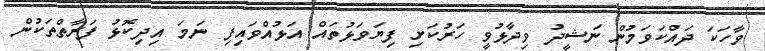
ވާހަކަ ދައްކަވަމުން ނަޝީދު ވިދާޅުވީ ހަރުކަށި ފިޔަވަޅުތައް އަޅުއްވައިފި ނަމަ އިދިކޮޅު ފަރާތްތަކުން